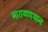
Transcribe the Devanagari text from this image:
नारायणथान